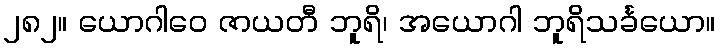
၂၈၂။ ယောဂါဝေ ဇာယတီ ဘူရိ၊ အယောဂါ ဘူရိသင်္ခယော။